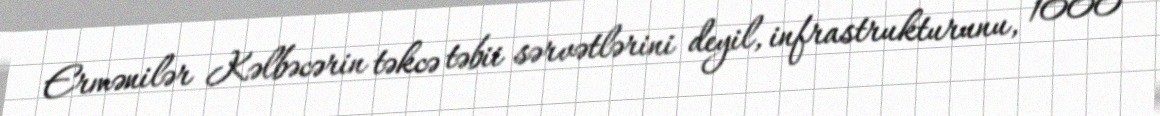
Ermənilər Kəlbəcərin təkcə təbii sərvətlərini deyil, infrastrukturunu, 1000